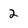
Character: 2